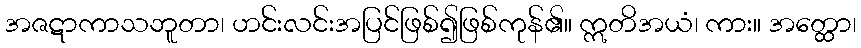
အဇဋာကာသဘူတာ၊ ဟင်းလင်းအပြင်ဖြစ်၍ဖြစ်ကုန်၏။ ဣတိအယံ၊ ကား။ အတ္ထော၊